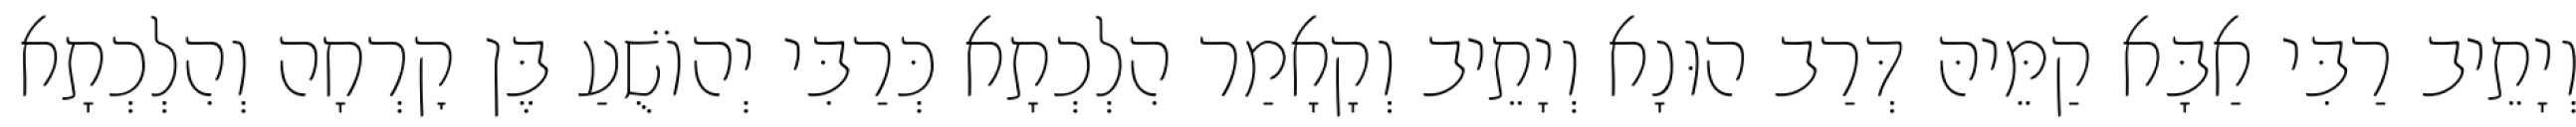
וְיָתֵיב רַבִּי אַבָּא קַמֵּיהּ דְּרַב הוּנָא וְיָתֵיב וְקָאָמַר הִלְכְתָא כְּרַבִּי יְהוֹשֻׁעַ בֶּן קׇרְחָה וְהִלְכְתָא